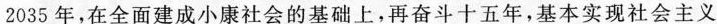
2035年，在全面建成小康社会的基础上，再奋斗十五年，基本实现社会主义